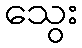
သွေး